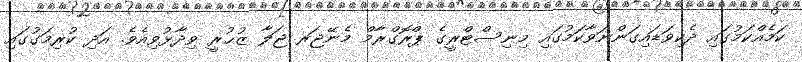
ކަމެއްކަމުގައި ދެކިވަޑައިގަންނަވާކަމުގައި މިނިސްޓްރީގެ ޕްރޮގްރާމް މެނޭޖަރ ޖަލާ ޒުޙުރީ ވިދާޅުވިއެވެ. އަދި ކުރިމަގުގައި